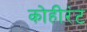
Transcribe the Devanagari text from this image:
कोहीरंट